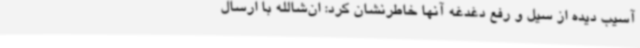
آسیب دیده از سیل و رفع دغدغه آنها خاطرنشان کرد: ان‌شالله با ارسال